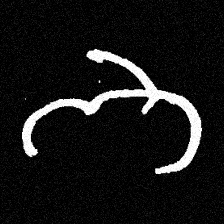
Pyu character \u2014 Myanmar letter: ဘ (romanized: bha)